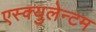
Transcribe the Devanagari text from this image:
एस्क्युलेन्टम